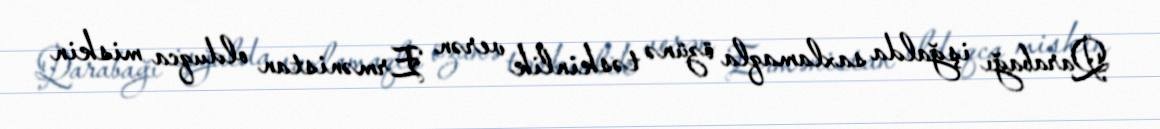
Qarabağı işğalda saxlamaqla özünə təskinlik verən Ermənistan olduqca miskin